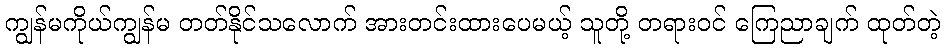
ကျွန်မကိုယ်ကျွန်မ တတ်နိုင်သလောက် အားတင်းထားပေမယ့် သူတို့ တရားဝင် ကြေညာချက် ထုတ်တဲ့